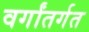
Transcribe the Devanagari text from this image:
वर्गांतर्गत